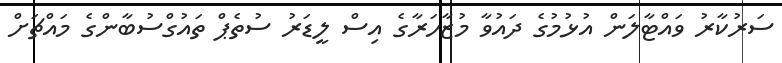
ސަރުކާރު ވައްޓާލަން އުޅުމުގެ ދައުވާ މުޒާހަރާގެ އިސް ލީޑަރު ސުތެޕް ތައުގްސުބާންގެ މައްޗަށް